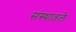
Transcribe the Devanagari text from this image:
संस्थातले